Annual report of the Punjab Veterinary College and of the Civil Veterinary Department, Punjab - 1920-1925
Year: 1920
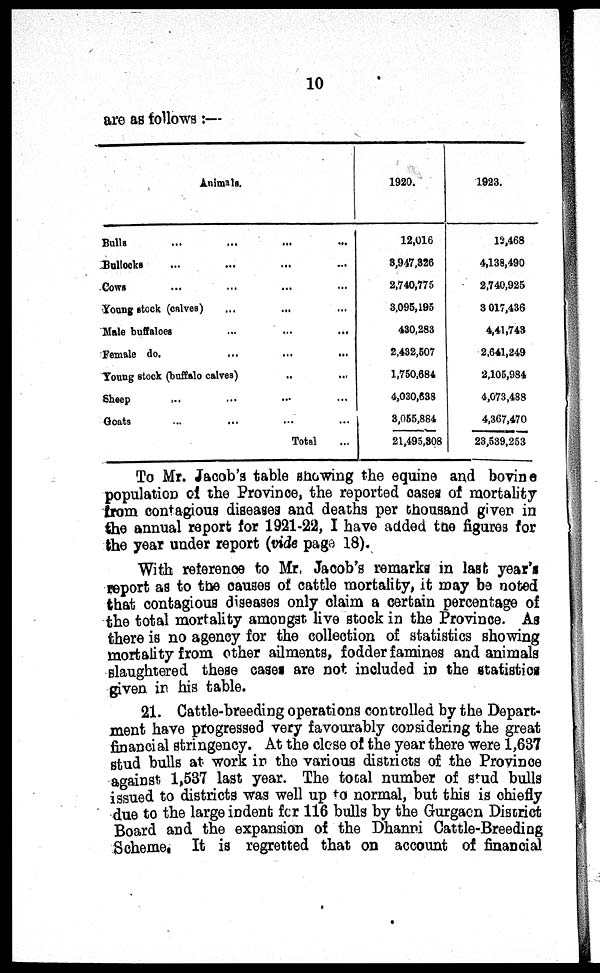
10
are as follows:—
Animals.
Bulls ... ... ... ...
Bullocks ... ... ... ...
Cows ... ... ... ...
Young stock (calves) ... ... ...
Mal e buffal oes ... ... ...
Femal e do. ... ... ...
Young stock (buffal o calves) .. ...
Sheep . . . . . . . . . . . .
Goats . . . . . . . . . . . .
Total ...
1920.
12, 016
8, 947, 326
2, 740, 775
3, 095, 195
430, 283
2, 432, 507
1, 750, 684
4, 030, 638
3, 055, 884
21, 495, 308
1923.
12, 468
4, 138, 490
2, 740, 925
3 017, 436
4, 41, 743
2, 641, 249
2, 105, 984
4, 073, 488
4, 367, 470
23, 539, 253
To Mr. Jacob's table showing the equine and bovine
population of the Province, the reported cases of mortality
from contagious diseases and deaths per thousand given in
the annual report for 1921-22, I have added the figures for
the year under report (vide page 18).
With reference to Mr. Jacob's remarks in last year's
report as to the causes of cattle mortality, it may be noted
that contagious diseases only claim a certain percentage of
the total mortality amongst live stock in the Province. As
there is no agency for the collection of statistics showing
mortality from other ailments, fodder famines and animals
slaughtered these cases are not included in the statistics
given in his table.
21. Cattle-breeding operations controlled by the Depart-
ment have progressed very favourably considering the great
financial stringency. At the close of the year there were 1,637
stud bulls at work in the various districts of the Province
against 1,537 last year. The total number of stud bulls
issued to districts was well up to normal, but this is chiefly
due to the large indent for 116 bulls by the Gurgaon District
Board and the expansion of the Dhanni Cattle-Breeding
Scheme. It is regretted that on account of financial